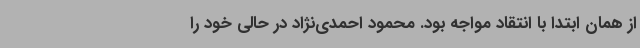
از همان ابتدا با انتقاد مواجه بود. محمود احمدی‌نژاد در حالی خود را